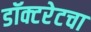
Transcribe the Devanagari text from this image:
डॉक्टरेटचा